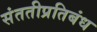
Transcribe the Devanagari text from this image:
संततीप्रतिबंध